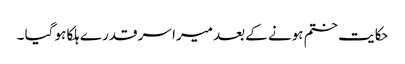
حکایت ختم ہونے کے بعد میرا سر قدرے ہلکا ہو گیا ۔